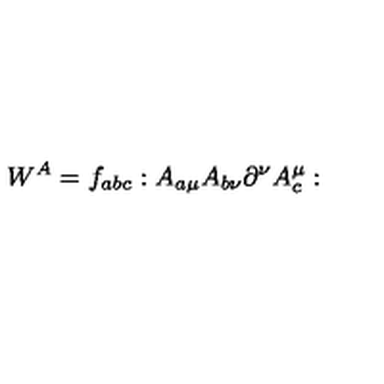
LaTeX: W ^ { A } = f _ { a b c } : A _ { a \mu } A _ { b \nu } \partial ^ { \nu } A _ { c } ^ { \mu } :